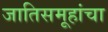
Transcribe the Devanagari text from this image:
जातिसमूहांचा